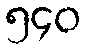
၅၄၀